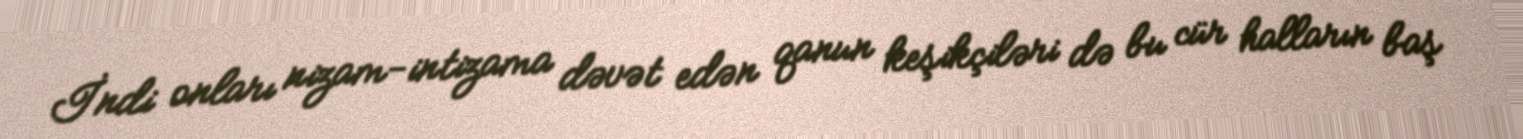
İndi onları nizam-intizama dəvət edən qanun keşikçiləri də bu cür halların baş